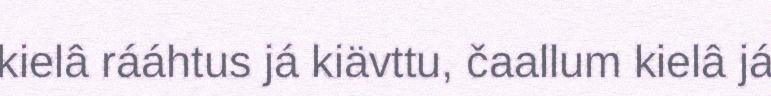
kielâ rááhtus já kiävttu, čaallum kielâ já